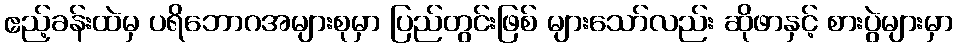
ဧည့်ခန်းထဲမှ ပရိဘောဂအများစုမှာ ပြည်တွင်းဖြစ် များသော်လည်း ဆိုဖာနှင့် စားပွဲများမှာ